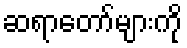
ဆရာတော်များကို